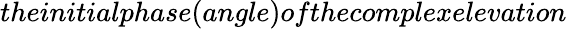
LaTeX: theinitialphase(angle)ofthecomplexelevation